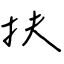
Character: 扶